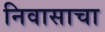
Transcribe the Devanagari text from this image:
निवासाचा